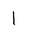
Letter: _alif